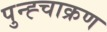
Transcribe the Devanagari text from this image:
पुन्ह्चाक्रण